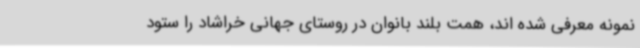
نمونه معرفی شده اند، همت بلند بانوان در روستای جهانی خراشاد را ستود